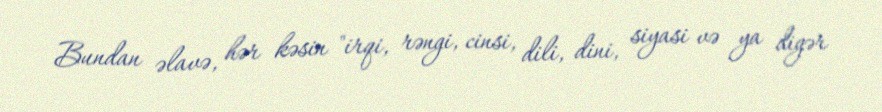
Bundan əlavə, hər kəsin "irqi, rəngi, cinsi, dili, dini, siyasi və ya digər